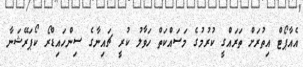
އެއާޕޯޓް އިތުރަށް ތަރައްގީ ކުރުމުގެ މަސައްކަތް ހަވާލު ކުރީ ޗައިނާގެ ސިންހައިޑްރޯ ކޯޕަރޭޝަނާ